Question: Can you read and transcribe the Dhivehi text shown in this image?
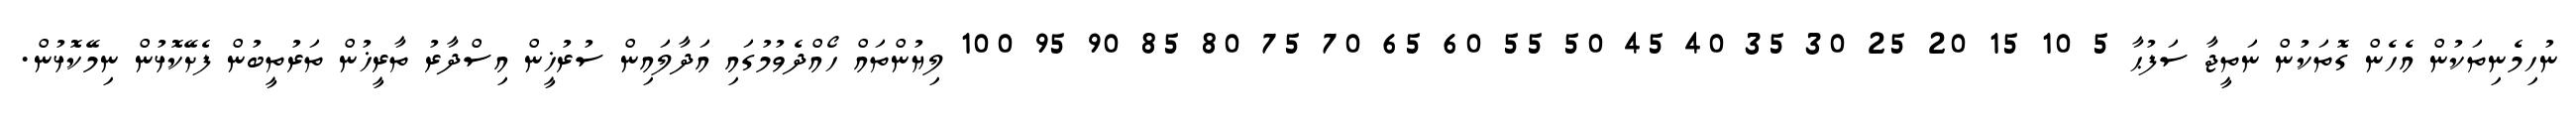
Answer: ނުހިމެނިތަކުން އެހެން ގޮތަކުން ނަތީޖާ ސަފުޙާ 5 10 15 20 25 30 35 40 45 50 55 60 65 70 75 80 85 90 95 100 ލިޔުންތައް ހޯއްދެވުމުގައި އަދާލައިން ސުރުޚީން އިސްދާރު ތާރީޚުން ތަރުތީބުން ފެށޭކޮޅުން ނިމޭކޮޅުން.